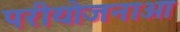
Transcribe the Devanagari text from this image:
परीयोजनाओ